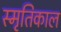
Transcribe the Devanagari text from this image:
स्मृतिकाल